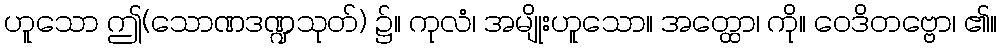
ဟူသော ဤ(သောဏဒဏ္ဍသုတ်) ၌။ ကုလံ၊ အမျိုးဟူသော။ အတ္ထော၊ ကို။ ဝေဒိတဗ္ဗော၊ ၏။